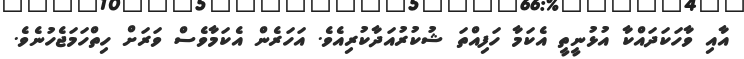
އާއި ވާހަކަދައްކާ އުޅުނީތީ އެކަމާ ހަފިއްތަ ޝުކުރުއަދާކުރިއެވެ. އަހަރެން އެކަމާވެސް ވަރަށް ހިތްހަމަޖެހުނެވެ.